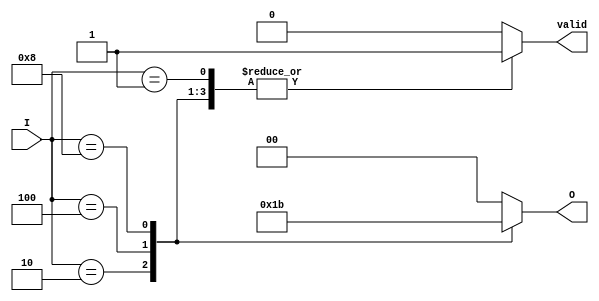
module one_of_n_encoder #(
    parameter N = 4 // Number of input lines (must be a power of 2)
)(
    input wire [N-1:0] I, // Input lines
    output reg [$clog2(N)-1:0] O, // Output lines
    output reg valid // Indicates if the output is valid
);

// Always block to implement the encoder logic
always @(*) begin
    // Default output state
    O = 'b0; // Set output to zero
    valid = 1'b0; // Default valid state to low

    // Check for active inputs
    case (I)
        4'b0001: begin O = 2'b00; valid = 1'b1; end // I0 active
        4'b0010: begin O = 2'b01; valid = 1'b1; end // I1 active
        4'b0100: begin O = 2'b10; valid = 1'b1; end // I2 active
        4'b1000: begin O = 2'b11; valid = 1'b1; end // I3 active
        default: begin O = 'b0; valid = 1'b0; end // No valid input or multiple active
    endcase
end

endmodule